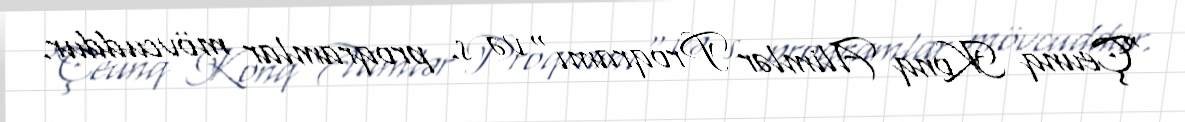
"Çeunq Konq Alimlər Proqramı" və s. proqramlar mövcuddur.